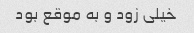
خیلی زود و به موقع بود